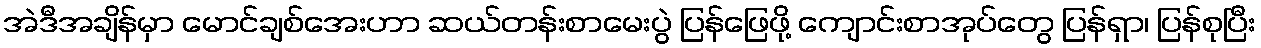
အဲဒီအချိန်မှာ မောင်ချစ်အေးဟာ ဆယ်တန်းစာမေးပွဲ ပြန်ဖြေဖို့ ကျောင်းစာအုပ်တွေ ပြန်ရှာ၊ ပြန်စုပြီး